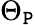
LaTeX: \Theta_{\mathtt{P}}